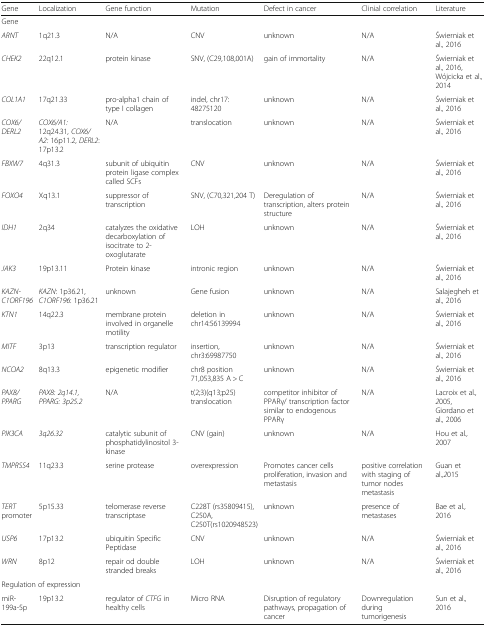
<table><thead><tr><td><b>Gene</b></td><td><b>Localization</b></td><td><b>Gene function</b></td><td><b>Mutation</b></td><td><b>Defect in cancer</b></td><td><b>Clinial correlation</b></td><td><b>Literature</b></td></tr></thead><tbody><tr><td colspan="7">Gene</td></tr><tr><td><i>ARNT</i></td><td>1q21.3</td><td>N/A</td><td>CNV</td><td>unknown</td><td>N/A</td><td>Świerniak et al.<i>,</i> 2016</td></tr><tr><td><i>CHEK2</i></td><td>22q12.1</td><td>protein kinase</td><td>SNV, (C29,108,001A)</td><td>gain of immortality</td><td>N/A</td><td>Świerniak et al.<i>,</i> 2016, Wójcicka et al.<i>,</i> 2014</td></tr><tr><td><i>COL1A1</i></td><td>17q21.33</td><td>pro-alpha1 chain of type I collagen</td><td>indel, chr17: 48275120</td><td>unknown</td><td>N/A</td><td>Świerniak et al.<i>,</i> 2016</td></tr><tr><td><i>COX6/DERL2</i></td><td><i>COX6/A1:</i> 12q24.31, <i>COX6/A2:</i> 16p11.2, <i>DERL2</i>: 17p13.2</td><td>N/A</td><td>translocation</td><td>unknown</td><td>N/A</td><td>Świerniak et al.<i>,</i> 2016</td></tr><tr><td><i>FBXW7</i></td><td>4q31.3</td><td>subunit of ubiquitin protein ligase complex called SCFs</td><td>CNV</td><td>unknown</td><td>N/A</td><td>Świerniak et al.<i>,</i> 2016</td></tr><tr><td><i>FOXO4</i></td><td>Xq13.1</td><td>suppressor of transcription</td><td>SNV, (C70,321,204 T)</td><td>Deregulation of transcription, alters protein structure</td><td>N/A</td><td>Świerniak et al.<i>,</i> 2016</td></tr><tr><td><i>IDH1</i></td><td>2q34</td><td>catalyzes the oxidative decarboxylation of isocitrate to 2-oxoglutarate</td><td>LOH</td><td>unknown</td><td>N/A</td><td>Świerniak et al.<i>,</i> 2016</td></tr><tr><td><i>JAK3</i></td><td>19p13.11</td><td>Protein kinase</td><td>intronic region</td><td>unknown</td><td>N/A</td><td>Świerniak et al.<i>,</i> 2016</td></tr><tr><td><i>KAZN-C1ORF196</i></td><td><i>KAZN</i>: 1p36.21, <i>C1ORF196</i>: 1p36.21</td><td>unknown</td><td>Gene fusion</td><td>unknown</td><td>N/A</td><td>Salajegheh et al.<i>,</i> 2016</td></tr><tr><td><i>KTN1</i></td><td>14q22.3</td><td>membrane protein involved in organelle motility</td><td>deletion in chr14:56139994</td><td>unknown</td><td>N/A</td><td>Świerniak et al.<i>,</i> 2016</td></tr><tr><td><i>MITF</i></td><td>3p13</td><td>transcription regulator</td><td>insertion, chr3:69987750</td><td>unknown</td><td>N/A</td><td>Świerniak et al.<i>,</i> 2016</td></tr><tr><td><i>NCOA2</i></td><td>8q13.3</td><td>epigenetic modifier</td><td>chr8 position 71,053,835 A &gt; C</td><td>unknown</td><td>N/A</td><td>Świerniak et al.<i>,</i> 2016</td></tr><tr><td><i>PAX8/PPARG</i></td><td><i>PAX8: 2q14.1, PPARG: 3p25.2</i></td><td>N/A</td><td>t(2;3)(q13;p25) translocation</td><td>competitor inhibitor of PPARγ/ transcription factor similar to endogenous PPARγ</td><td>N/A</td><td>Lacroix et al.<i>, 2</i>005, Giordano et al.<i>,</i> 2006</td></tr><tr><td><i>PIK3CA</i></td><td><i>3q26.32</i></td><td>catalytic subunit of phosphatidylinositol 3-kinase</td><td>CNV (gain)</td><td>unknown</td><td>N/A</td><td>Hou et al.<i>,</i> 2007</td></tr><tr><td><i>TMPRSS4</i></td><td>11q23.3</td><td>serine protease</td><td>overexpression</td><td>Promotes cancer cells proliferation, invasion and metastasis</td><td>positive correlation with staging of tumor nodes metastasis</td><td>Guan et al.<i>,2</i>015</td></tr><tr><td><i>TERT</i> promoter</td><td>5p15.33</td><td>telomerase reverse transcriptase</td><td>C228T (rs35809415), C250A, C250T(rs1020948523)</td><td>unknown</td><td>presence of metastases</td><td>Bae et al.<i>,</i> 2016</td></tr><tr><td><i>USP6</i></td><td>17p13.2</td><td>ubiquitin Specific Peptidase</td><td>CNV</td><td>unknown</td><td>N/A</td><td>Świerniak et al.<i>,</i> 2016</td></tr><tr><td><i>WRN</i></td><td>8p12</td><td>repair od double stranded breaks</td><td>LOH</td><td>unknown</td><td>N/A</td><td>Świerniak et al.<i>,</i> 2016</td></tr><tr><td colspan="7">Regulation of expression</td></tr><tr><td>miR-199a-5p</td><td>19p13.2</td><td>regulator of <i>CTFG</i> in healthy cells</td><td>Micro RNA</td><td>Disruption of regulatory pathways, propagation of cancer</td><td>Downregulation during tumorigenesis</td><td>Sun et al.<i>,</i> 2016</td></tr></tbody></table>